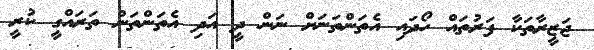
ޖަޒީރާތަކާ ފަރުތައް ހޯދައި އެތަންތަނަށް ނަން ދީ އަދި އެތަންތަން ތަރައްގީ ކުރީ